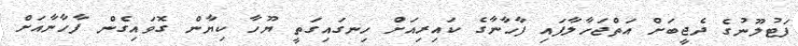
ފަޓުލޫނުގެ ދެޖީބަށް އަތްޖަހާލާފައި ފާހާނާގެ ކައިރިއަށް ހިނގައިގަތީ ޔޫހާ ކިޔާން ގޮވައިގެން ފާހާނާއަށް